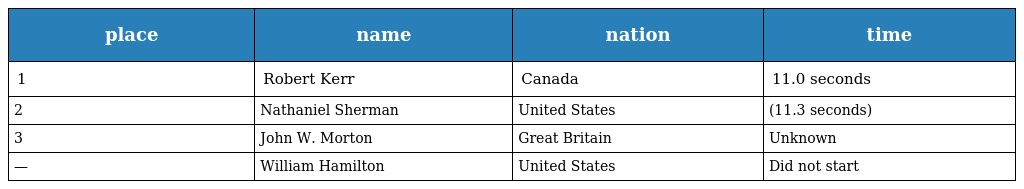
| place | name | nation | time |
 | --- | --- | --- | --- |
 | 1 | Robert Kerr | Canada | 11.0 seconds |
 | 2 | Nathaniel Sherman | United States | (11.3 seconds) |
 | 3 | John W. Morton | Great Britain | Unknown |
 | — | William Hamilton | United States | Did not start |